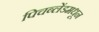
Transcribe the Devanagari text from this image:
पिचब्लेंडमधून